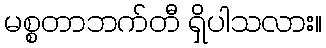
မစ္စတာဘက်တီ ရှိပါသလား။